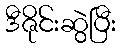
ဒီဇိုင်းဆွဲပြီး